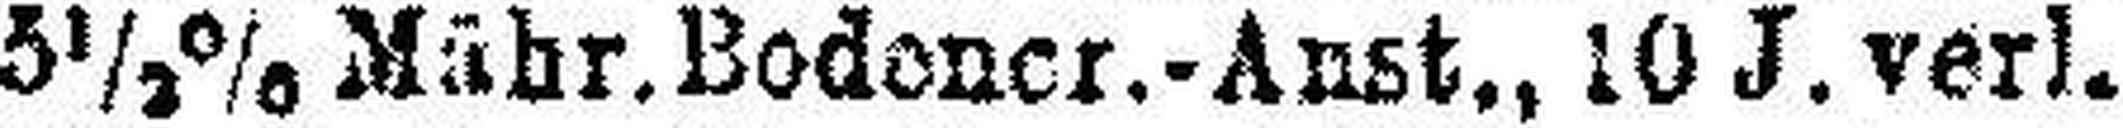
5½% Mähr.Bodener.-Anst., 10 J. verl.